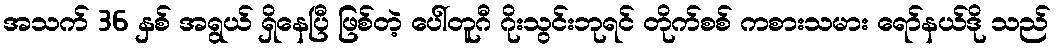
အသက် 36 နှစ် အရွယ် ရှိနေပြီ ဖြစ်တဲ့ ပေါ်တူဂီ ဂိုးသွင်းဘုရင် တိုက်စစ် ကစားသမား ရော်နယ်ဒို သည်